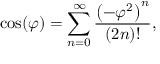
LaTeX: \cos ( \varphi ) = \sum _ { n = 0 } ^ { \infty } { \frac { \left( - \varphi ^ { 2 } \right) ^ { n } } { ( 2 n ) ! } } ,